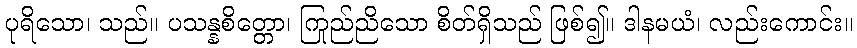
ပုရိသော၊ သည်။ ပသန္နစိတ္တော၊ ကြည်ညိုသော စိတ်ရှိသည် ဖြစ်၍။ ဒါနမယံ၊ လည်းကောင်း။